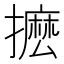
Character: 𭢮